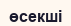
өсекші